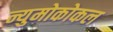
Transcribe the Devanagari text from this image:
न्युमोकोकल